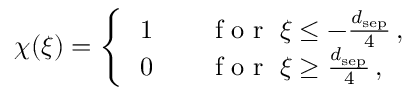
\chi ( \xi ) = \left\{ \begin{array} { l l } { \, 1 } & { \quad \mathrm { ~ f ~ o ~ r ~ } \; \xi \leq - \frac { d _ { \mathrm { s e p } } } { 4 } \, , } \\ { \, 0 } & { \quad \mathrm { ~ f ~ o ~ r ~ } \; \xi \geq \frac { d _ { \mathrm { s e p } } } { 4 } \, , } \end{array} \right.